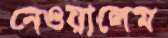
নেওয়ালেম